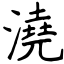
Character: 澆